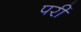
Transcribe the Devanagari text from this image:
परीं